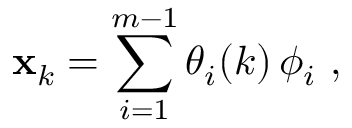
{ \bf x } _ { k } = \sum _ { i = 1 } ^ { m - 1 } \theta _ { i } ( k ) \, \phi _ { i } \mathrm { ~ , ~ }